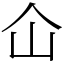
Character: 仚